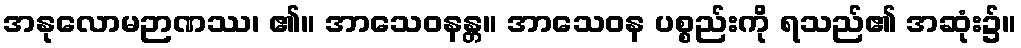
အနုလောမဉာဏဿ၊ ၏။ အာသေဝနန္တ။ အာသေဝန ပစ္စည်းကို ရသည်၏ အဆုံး၌။